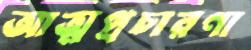
আত্মপ্রচারণা